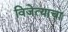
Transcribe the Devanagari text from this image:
विजेत्याचा